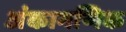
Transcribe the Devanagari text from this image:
अंकागणिक